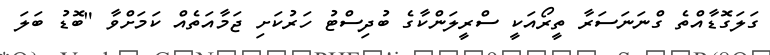
ގަލަގޮޑާއްތެ ގްނަނަސަރާ ތީރޯއަކީ ސްރީލަންކާގެ ބުދިސްޓު ހަރުކަށި ޖަމާއަތެއް ކަމަށްވާ "ބޮޑު ބަލަ